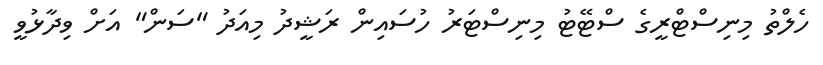
ހެލްތު މިނިސްޓްރީގެ ސްޓޭޓު މިނިސްޓަރު ހުސައިން ރަޝީދު މިއަދު "ސަން" އަށް ވިދާޅުވީ